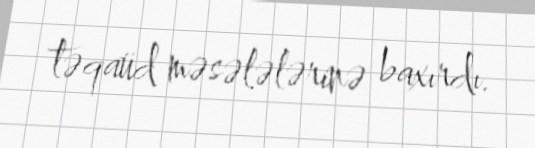
təqaüd məsələlərinə baxırdı.